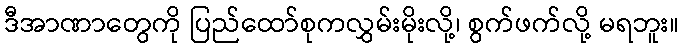
ဒီအာဏာတွေကို ပြည်ထော်စုကလွှမ်းမိုးလို့၊ စွက်ဖက်လို့ မရဘူး။